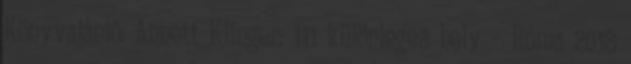
Könyvajánló: Annett Klinger: 111 különleges hely – Róma 2018